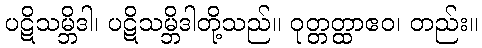
ပဋိသမ္ဘိဒါ၊ ပဋိသမ္ဘိဒါတို့သည်။ ဝုတ္တတ္ထာဧဝ၊ တည်း။